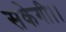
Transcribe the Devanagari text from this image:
सकेगी।।